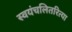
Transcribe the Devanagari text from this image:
स्वयंचलितरित्या